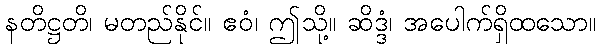
နတိဋ္ဌတိ၊ မတည်နိုင်။ ဧဝံ၊ ဤသို့။ ဆိဒ္ဒံ၊ အပေါက်ရှိထသော။